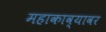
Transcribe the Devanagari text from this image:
महाकाव्यावर